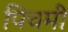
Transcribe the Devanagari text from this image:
पिचमी